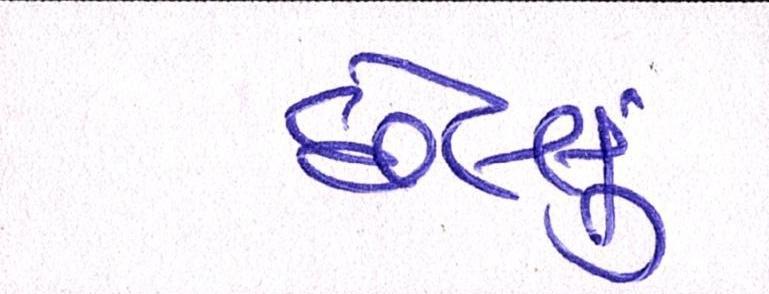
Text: છેલ્લું